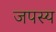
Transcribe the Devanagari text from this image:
जपस्य